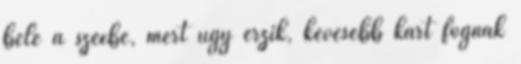
bele a szexbe, mert úgy érzik, kevesebb kárt fognak